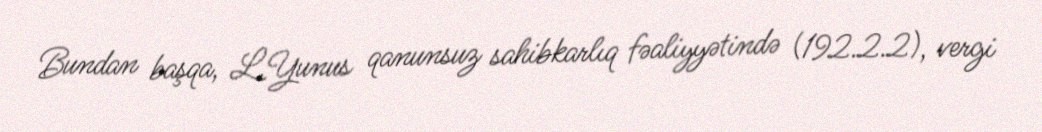
Bundan başqa, L.Yunus qanunsuz sahibkarlıq fəaliyyətində (192.2.2), vergi